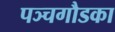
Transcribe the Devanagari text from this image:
पञ्चगौडका